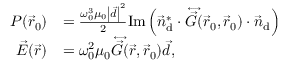
\begin{array} { r l } { P ( \vec { r } _ { 0 } ) } & { = \frac { { \omega _ { 0 } ^ { 3 } } { \mu _ { 0 } } \left| \vec { d } \right| ^ { 2 } } { 2 } \mathrm { I m } \left( \vec { n } _ { \mathrm { d } } ^ { * } \cdot \overleftrightarrow { \vec { G } } ( { \vec { r } } _ { 0 } , { \vec { r } } _ { 0 } ) \cdot \vec { n } _ { \mathrm { d } } \right) } \\ { { \vec { E } } ( { \vec { r } } ) } & { = { \omega _ { 0 } ^ { 2 } } { \mu _ { 0 } } \overleftrightarrow { \vec { G } } ( { \vec { r } } , { \vec { r } } _ { 0 } ) { \vec { d } } , } \end{array}